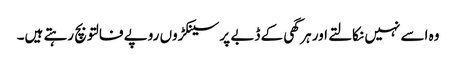
وہ اسے نہیں نکالتے اور ہر گھی کے ڈبے پر سینکڑوں روپے فالتو بچ رہتے ہیں۔